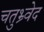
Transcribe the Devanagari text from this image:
चतुभ्र्वेद